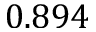
0 . 8 9 4